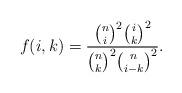
LaTeX: \begin{align*}f(i,k) = \frac{\binom n i ^2 \binom i k^2}{\binom n k ^2 \binom n {i-k}^2}.\end{align*}